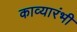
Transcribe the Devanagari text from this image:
काव्यारंभी